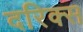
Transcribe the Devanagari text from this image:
दरिक्स